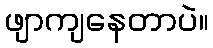
ဖျာကျနေတာပဲ။